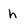
Character: h